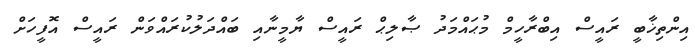
އިންތިޚާބީ ރައީސް އިބްރާހީމް މުޙައްމަދު ޞާލިޙް ރައީސް ޔާމީނާއި ބައްދަލުކުރައްވަން ރައީސް އޮފީހަށް